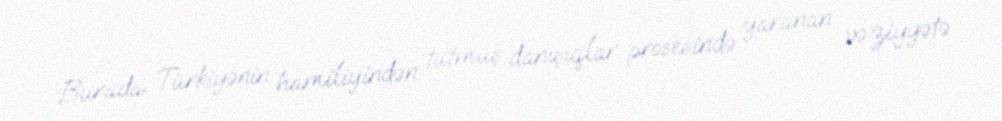
Burada Türkiyənin hamiliyindən tutmuş danışıqlar prosesində yaranan vəziyyətə